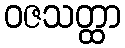
ဝဇသတ္ထာ